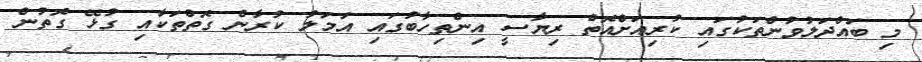
މި ބައްދަލުވުންތަކުގައި ކުރިއަށްއޮތް ރިޔާސީ އިންތިހާބުގައި އަމަލު ކުރާނެ ގޮތްތަކާއި ގުޅޭ ގޮތުން